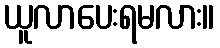
ယူလာပေးရမလား။